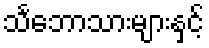
သင်္ဘောသားများနှင့်